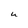
Character: u